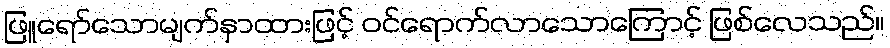
ဖြူရော်သောမျက်နှာထားဖြင့် ဝင်ရောက်လာသောကြောင့် ဖြစ်လေသည်။